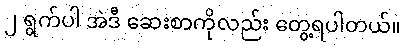
၂ ရွက်ပါ အဲဒီ ဆေးစာကိုလည်း တွေ့ရပါတယ်။